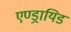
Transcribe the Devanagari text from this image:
एण्ड्रायिड